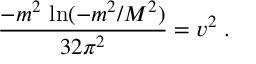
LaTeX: \frac { - m ^ { 2 } \, \ln ( - m ^ { 2 } / { \cal M } ^ { 2 } ) } { 3 2 \pi ^ { 2 } } = v ^ { 2 } \; .